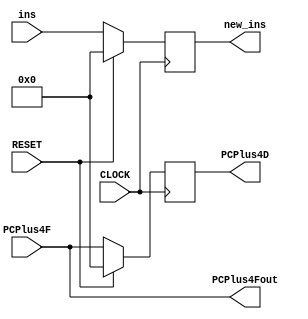
`timescale 100fs/100fs
//this file implements the process of and the register between IF stage and ID stage
module IF_ID(CLOCK,RESET,PCPlus4D,PCPlus4F,ins,new_ins,PCPlus4Fout);

//define inputs and outputs with corresponding length and type
input CLOCK,RESET;
input [31:0] ins,PCPlus4F;
output reg [31:0] new_ins,PCPlus4D;
output [31:0] PCPlus4Fout;

reg [31:0] PC;

always @(posedge CLOCK)
begin 
  if (RESET!=1)
  begin
    new_ins  <= ins ;
    PCPlus4D   <= PCPlus4F;
  end
  else
  begin
    new_ins <= 32'b0;
    PCPlus4D  <= 0;
    PC <= 0;
  end
end
assign PCPlus4Fout = PCPlus4F;

endmodule